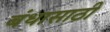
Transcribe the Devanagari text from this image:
बंधासाठी